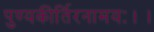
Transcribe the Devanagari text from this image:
पुण्यकीर्तिरनामयः।।